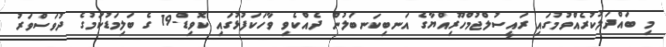
މި ބައްދަލުކުރެއްވުމުގައި ރައީސުލްޖުމްހޫރިއްޔާގެ އަނބިކަނބަލުން ދެއްކެވި ވާހަކަފުޅުގައި ކޮވިޑް-19 ގެ ބަލިމަޑުކަމުގެ ދުވަސްވަރު